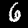
Label: 6